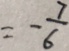
= - \frac { 7 } { 6 }